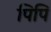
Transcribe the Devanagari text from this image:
पिपि